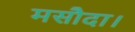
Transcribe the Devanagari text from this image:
मसौदा।